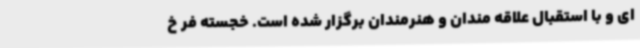
ای و با استقبال علاقه مندان و هنرمندان برگزار شده است. خجسته فر خ